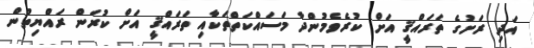
އަދި ރަށުގެ ތަރައްޤީ އަށް ކުރެވެމުންދާ މަސައްކަތްތަކާއި ތަރައްޤީ އަށް ކުރަން ރައްޔިތުން